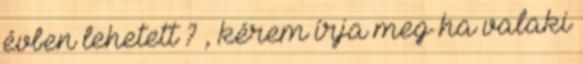
évben lehetett ? , kérem írja meg ha valaki